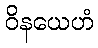
ဝိနယေဟံ